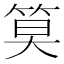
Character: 𫂁